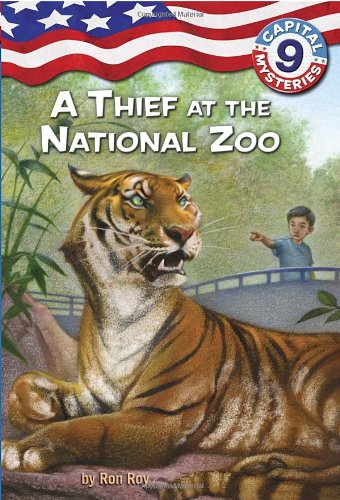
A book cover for Capital Mysteries #9: A Thief at the National Zoo (A Stepping Stone Book(TM)); Ron Roy; Children's Books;